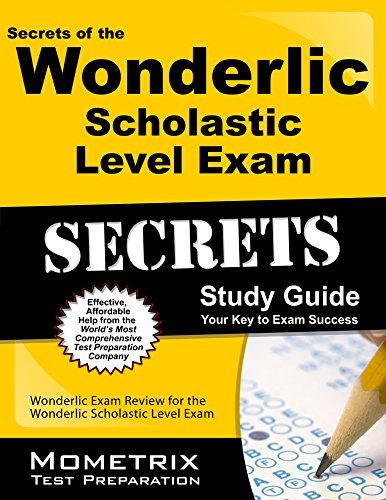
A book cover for Secrets of the Wonderlic Scholastic Level Exam Study Guide: Wonderlic Exam Review for the Wonderlic Scholastic Level Exam (Mometrix Secrets Study Guides); Wonderlic Exam Secrets Test Prep Team; Test Preparation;